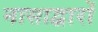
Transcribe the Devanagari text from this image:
नासाद्वारों